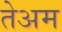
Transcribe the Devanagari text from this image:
तेअम